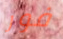
فور